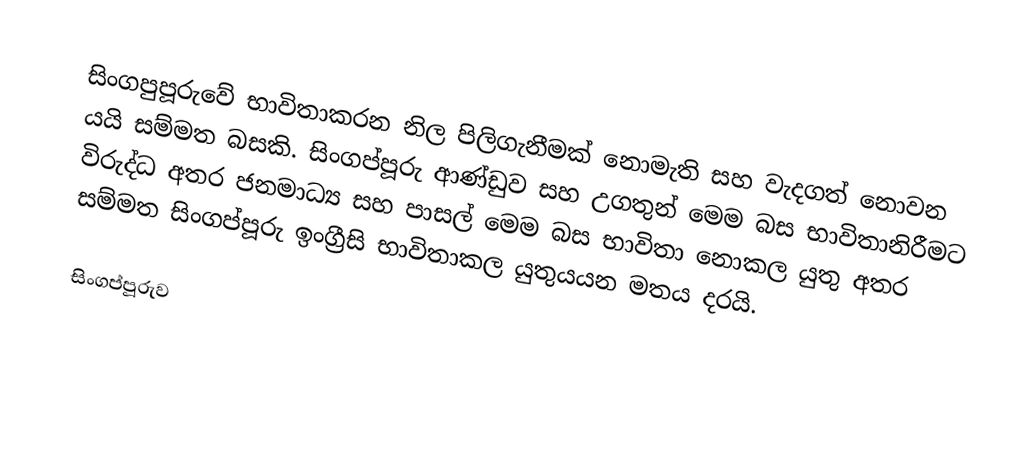
සිංගපුපූරුවේ භාවිතාකරන නිල පිලිගැනීමක් නොමැති සහ වැදගත් නොවන යයි සම්මත බසකි. සිංගප්පූරු ආණ්ඩුව සහ උගතුන් මෙම බස භාවිතානිරීමට විරුද්ධ අතර ජනමාධ්‍ය සහ පාසල් මෙම බස භාවිතා නොකල යුතු අතර සම්මත සිංගප්පූරු ඉංග්‍රීසි භාවිතාකල යුතුයයන මතය දරයි.

සිංගප්පූරුව